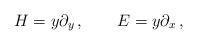
LaTeX: \begin{align*}H=y\partial_y\,,\quad\quad E=y\partial_x\,,\end{align*}